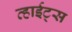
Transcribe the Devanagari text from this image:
व्हाईट्स